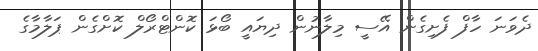
ދެވަނަ ހާފް ފެށިގެން އޭސީ މިލާނުން ދިޔައީ ބޯޅަ ކޮންޓްރޯލް ކޮށްގެން ޕަލާމާގެ